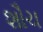
શૌચ